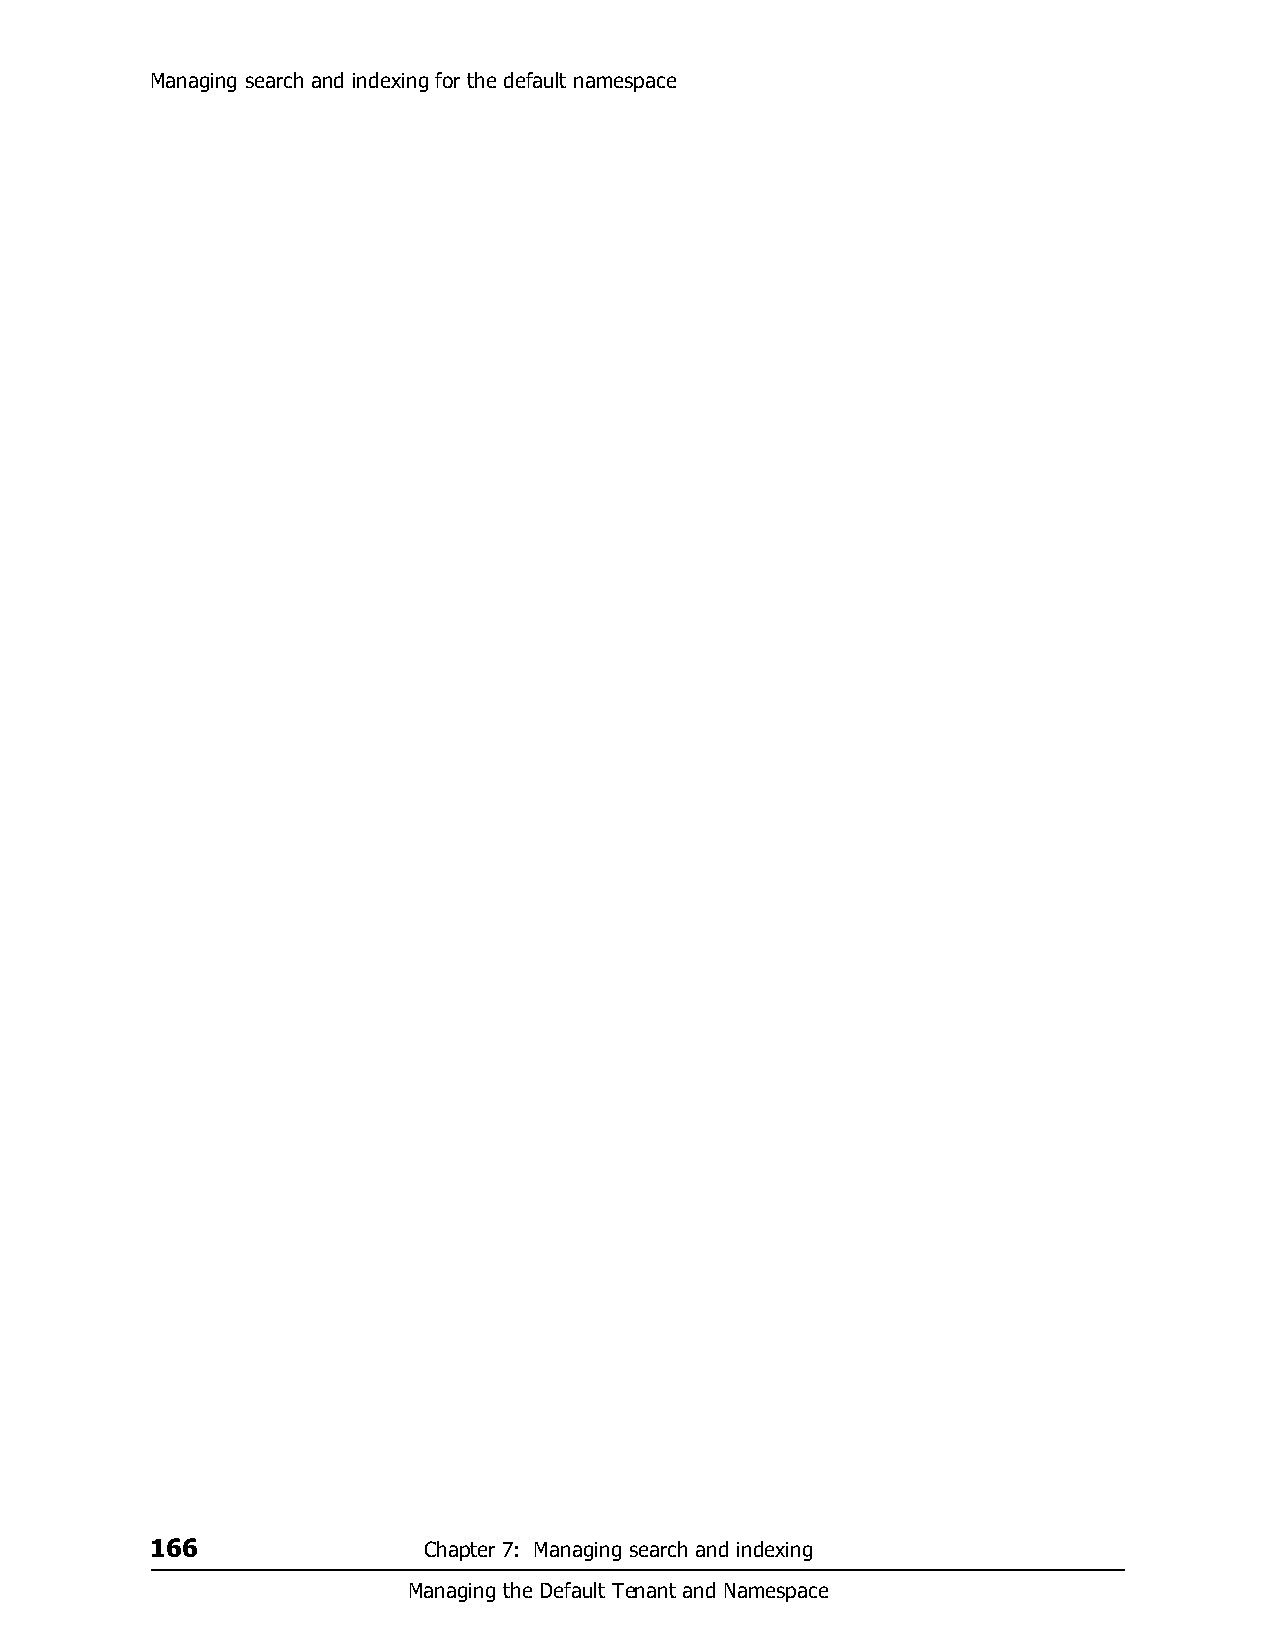
Managing search and indexing for the default namespace
 166               Chapter 7: Managing search and indexing
 Managing the Default Tenant and Namespace